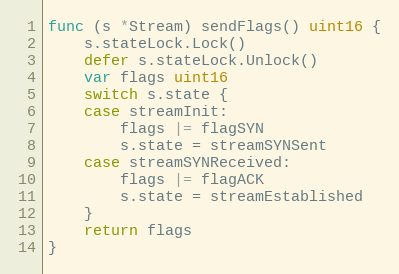
Language: Go
func (s *Stream) sendFlags() uint16 {
	s.stateLock.Lock()
	defer s.stateLock.Unlock()
	var flags uint16
	switch s.state {
	case streamInit:
		flags |= flagSYN
		s.state = streamSYNSent
	case streamSYNReceived:
		flags |= flagACK
		s.state = streamEstablished
	}
	return flags
}